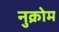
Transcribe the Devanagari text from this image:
नुक्रोम